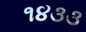
૧૪૩૩